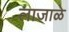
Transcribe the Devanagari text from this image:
लाजाळे